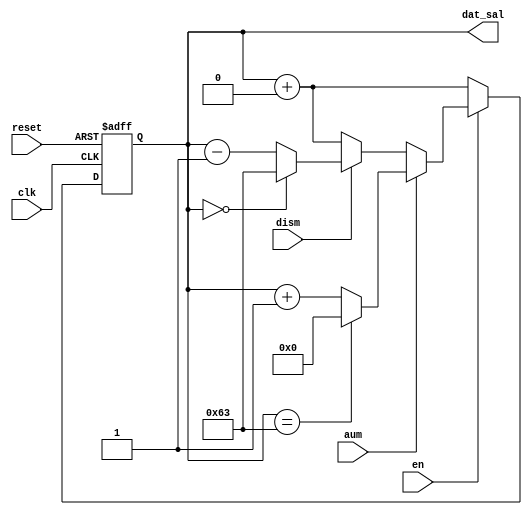
module CONT_DATO_99(
	input wire clk,
	input wire reset,
	
	input wire aum,
	input wire dism,
	
	input wire en,
	
	output reg [6:0] dat_sal
   
	);
	
	always @(posedge clk, posedge reset) begin
			if (reset) begin
				dat_sal <= 7'b0000000;
			end else if (~en) begin
				dat_sal <= dat_sal + 7'b0000000;
			end else if (aum) begin
				if (dat_sal == 7'b1100011) begin //99.
					dat_sal <= 6'b0000000; 
				end else begin
					dat_sal <= dat_sal + 7'b0000001;
				end
			end else if (dism) begin
				if (dat_sal == 7'b0000000) begin
					dat_sal <= 7'b1100011;
				end else begin
					dat_sal <= dat_sal - 7'b0000001;
				end
			end else begin
				dat_sal <= dat_sal + 7'b0000000;
			end
	end

endmodule